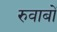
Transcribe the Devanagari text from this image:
रुवाबों